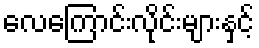
လေကြောင်းလိုင်းများနှင့်